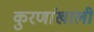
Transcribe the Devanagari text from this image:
कुरणांखाली